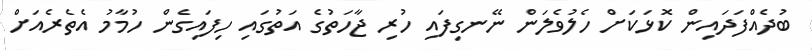
ބުދެއްފަދައިން ކޮޅަކަށް ހެލުވެލަން ނޭނގިފައި ހުރި ޖާހަތުގެ އަތުގައި ހިފައިގެން ހުމާމު އެތެރެއަށް